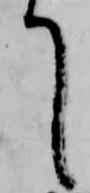
て